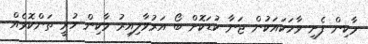
މާކިން ފެށި ވާހަކައަކުން ޖަނާ ކުޑަކޮށް ބޯ އަރުވާލިއިރު މާކިން ހުރީ ތަންކޮޅެއް